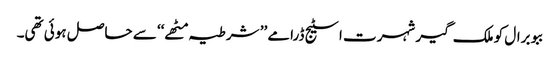
ببو برال کو ملک گیر شہرت اسٹیج ڈرامے ’’ شرطیہ مٹھے‘‘ سے حاصل ہوئی تھی۔